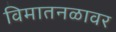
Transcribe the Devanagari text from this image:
विमातनळावर